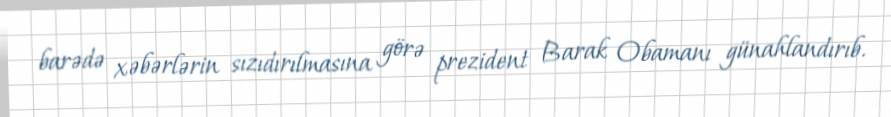
barədə xəbərlərin sızıdırılmasına görə prezident Barak Obamanı günahlandırıb.